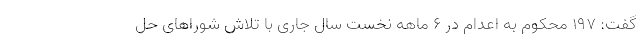
گفت: ١٩٧ محکوم به اعدام در ۶ ماهه نخست سال جاری با تلاش شوراهای حل